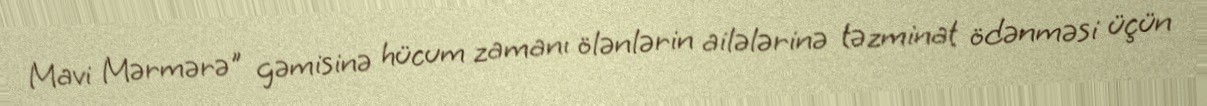
Mavi Mərmərə" gəmisinə hücum zamanı ölənlərin ailələrinə təzminat ödənməsi üçün